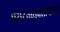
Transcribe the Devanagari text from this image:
पर्यटनव्यवसायाच्या